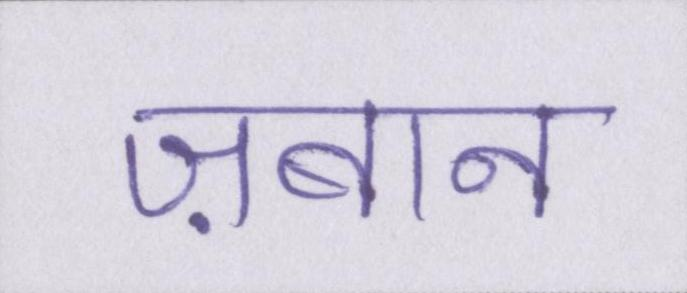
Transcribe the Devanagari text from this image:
ज़बान